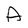
Character: A